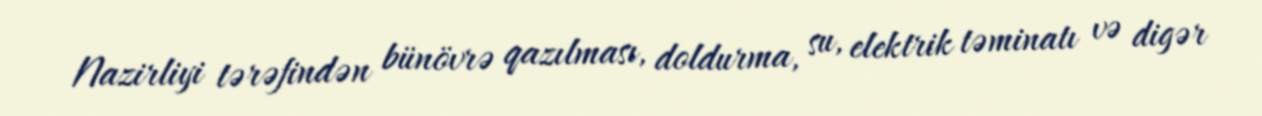
Nazirliyi tərəfindən bünövrə qazılması, doldurma, su, elektrik təminatı və digər